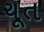
ચૂત